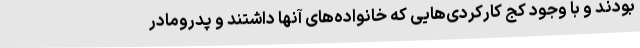
بودند و با وجود کج کارکردی‌هایی که خانواده‌های آنها داشتند و پدرومادر